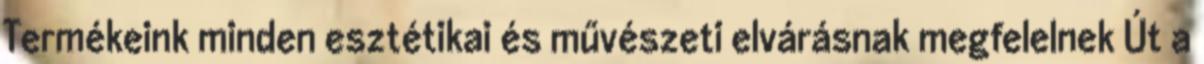
Termékeink minden esztétikai és művészeti elvárásnak megfelelnek Út a